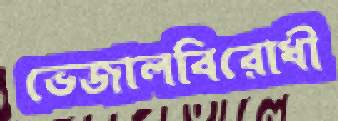
ভেজালবিরোধী